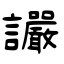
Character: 讝